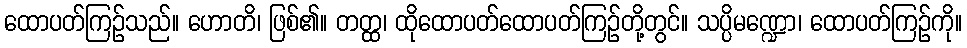
ထောပတ်ကြဉ်သည်။ ဟောတိ၊ ဖြစ်၏။ တတ္ထ၊ ထိုထောပတ်ထောပတ်ကြဉ်တို့တွင်။ သပ္ပိမဏ္ဍော၊ ထောပတ်ကြဉ်ကို။